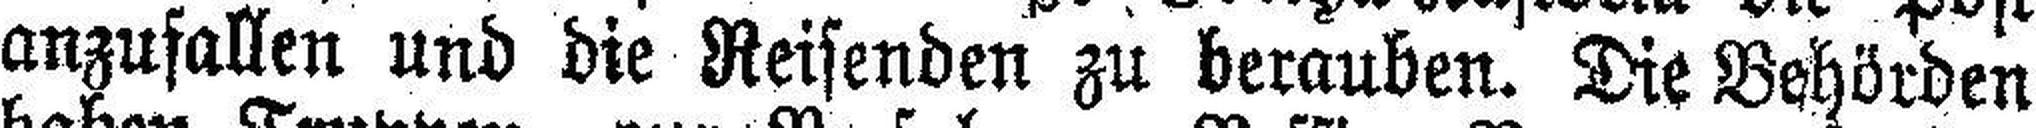
anzusallen und die Reisenden zu berauben. Die Behörden